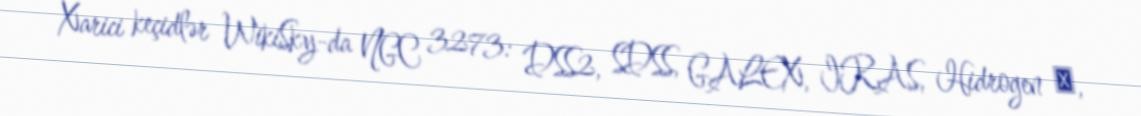
Xarici keçidlər WikiSky-da NGC 3273: DSS2, SDSS, GALEX, IRAS, Hidrogen α,